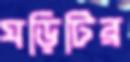
ঘড়িটির